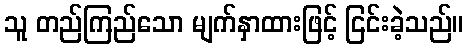
သူ တည်ကြည်သော မျက်နှာထားဖြင့် ငြင်းခဲ့သည်။